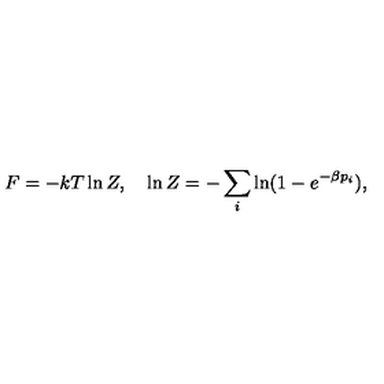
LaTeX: F = - k T \ln Z , \quad \ln Z = - \sum _ { i } \ln ( 1 - e ^ { - \beta p _ { i } } ) ,